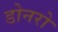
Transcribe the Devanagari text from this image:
डोनरो